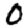
Digit: 0